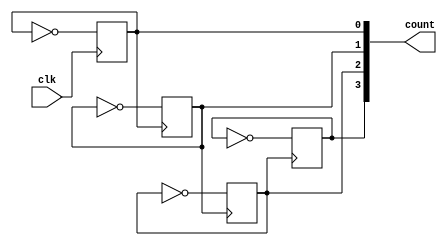
module counter_4bit_asyn(
    input wire clk,
    output reg [3:0] count
    );
    initial count= 4'b0;
    
    always@(negedge clk)
    count[0]<=~count[0];
    
    
    always@(negedge count[0])
    count[1]<=~count[1];
    
    
    always@(negedge count[1])
    count[2]<=~count[2];
    
    
    always@(negedge count[2])
    count[3]<=~count[3];
    
endmodule